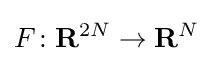
F\colon \mathbf {R} ^{2N}\to \mathbf {R} ^{N}